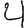
Digit: 4